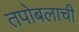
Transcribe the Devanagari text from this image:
तपोबलाची